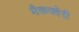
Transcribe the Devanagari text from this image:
मैकक्वेरी